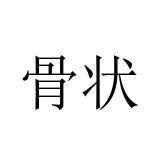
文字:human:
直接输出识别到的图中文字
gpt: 骨状